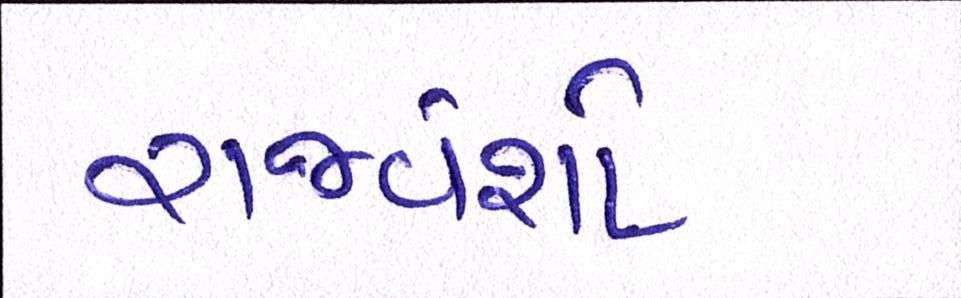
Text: રાજવંશો